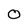
Character: O